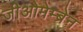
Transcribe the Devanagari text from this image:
जीओमेम्ब्रेन